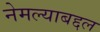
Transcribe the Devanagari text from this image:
नेमल्याबद्दल